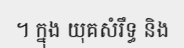
។ ក្នុង យុគសំរឹទ្ធ និង